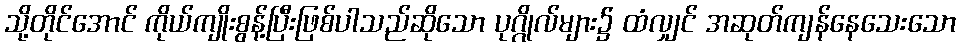
သို့တိုင်အောင် ကိုယ်ကျိုးစွန့်ပြီးဖြစ်ပါသည်ဆိုသော ပုဂ္ဂိုလ်များ၌ ထံလျှင် အဆုတ်ကျန်နေသေးသော